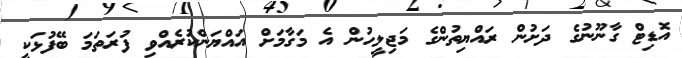
އޮޑިޓް ގާނޫނުގެ ދަށުން ރައްޔިތުންގެ މަޖިލީހުން އެ މަގާމަށް އައްޔަންކުރެއްވި ފުރަތަމަ ބޭފުޅަކީ